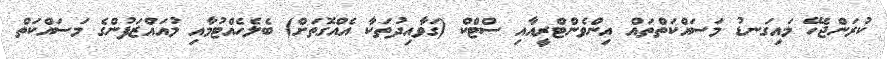
ކުރަންޖެހޭ މައިގަނޑު މަސައްކަތްތައް އިންވެންޓްރީއާއި ސްޓްކް (ގަވާއިދުތަކާ އެއްގޮތަށް) ބެލެހެއްޓުމާއި މުއައްޒަފުންގެ މަސައްކަތް